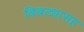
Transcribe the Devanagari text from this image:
बिबट्यासह